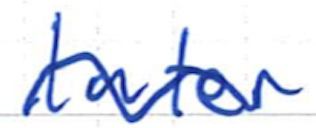
Text: later
Cross-out: mix
Writing tool: ballpoint